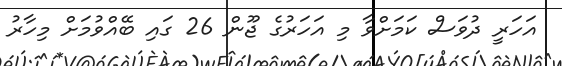
އަހަރީ ދުވަސް ކަމަށްވާ މި އަހަރުގެ ޖޫން 26 ގައި ބޭއްވުމަށް މިހާރު